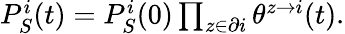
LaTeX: \begin{array}{r}{P_{S}^{i}(t)=P_{S}^{i}(0)\prod_{z\in\partial i}\theta^{z\rightarrow i}(t).}\end{array}